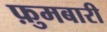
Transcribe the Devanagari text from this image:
फ़ुमबारी